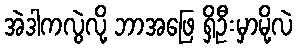
အဲဒါကလွဲလို့ ဘာအဖြေ ရှိဦးမှာမို့လဲ